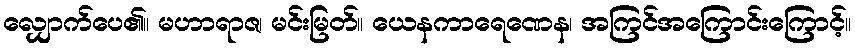
လျှောက်ပေ၏။ မဟာရာဇ၊ မင်းမြတ်။ ယေနကာရေဏေန၊ အကြင်အကြောင်းကြောင့်။